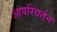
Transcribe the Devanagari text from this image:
आपरिवर्तन